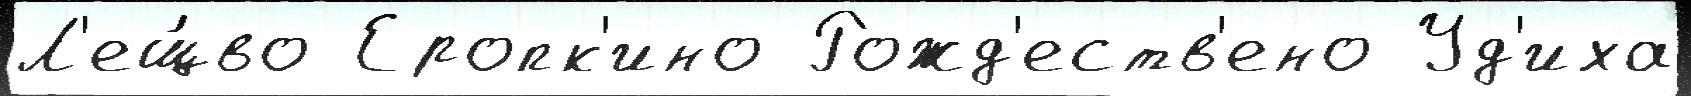
Л'ещ́во Еропк'ино Рожд'еств'ено Уд'иха